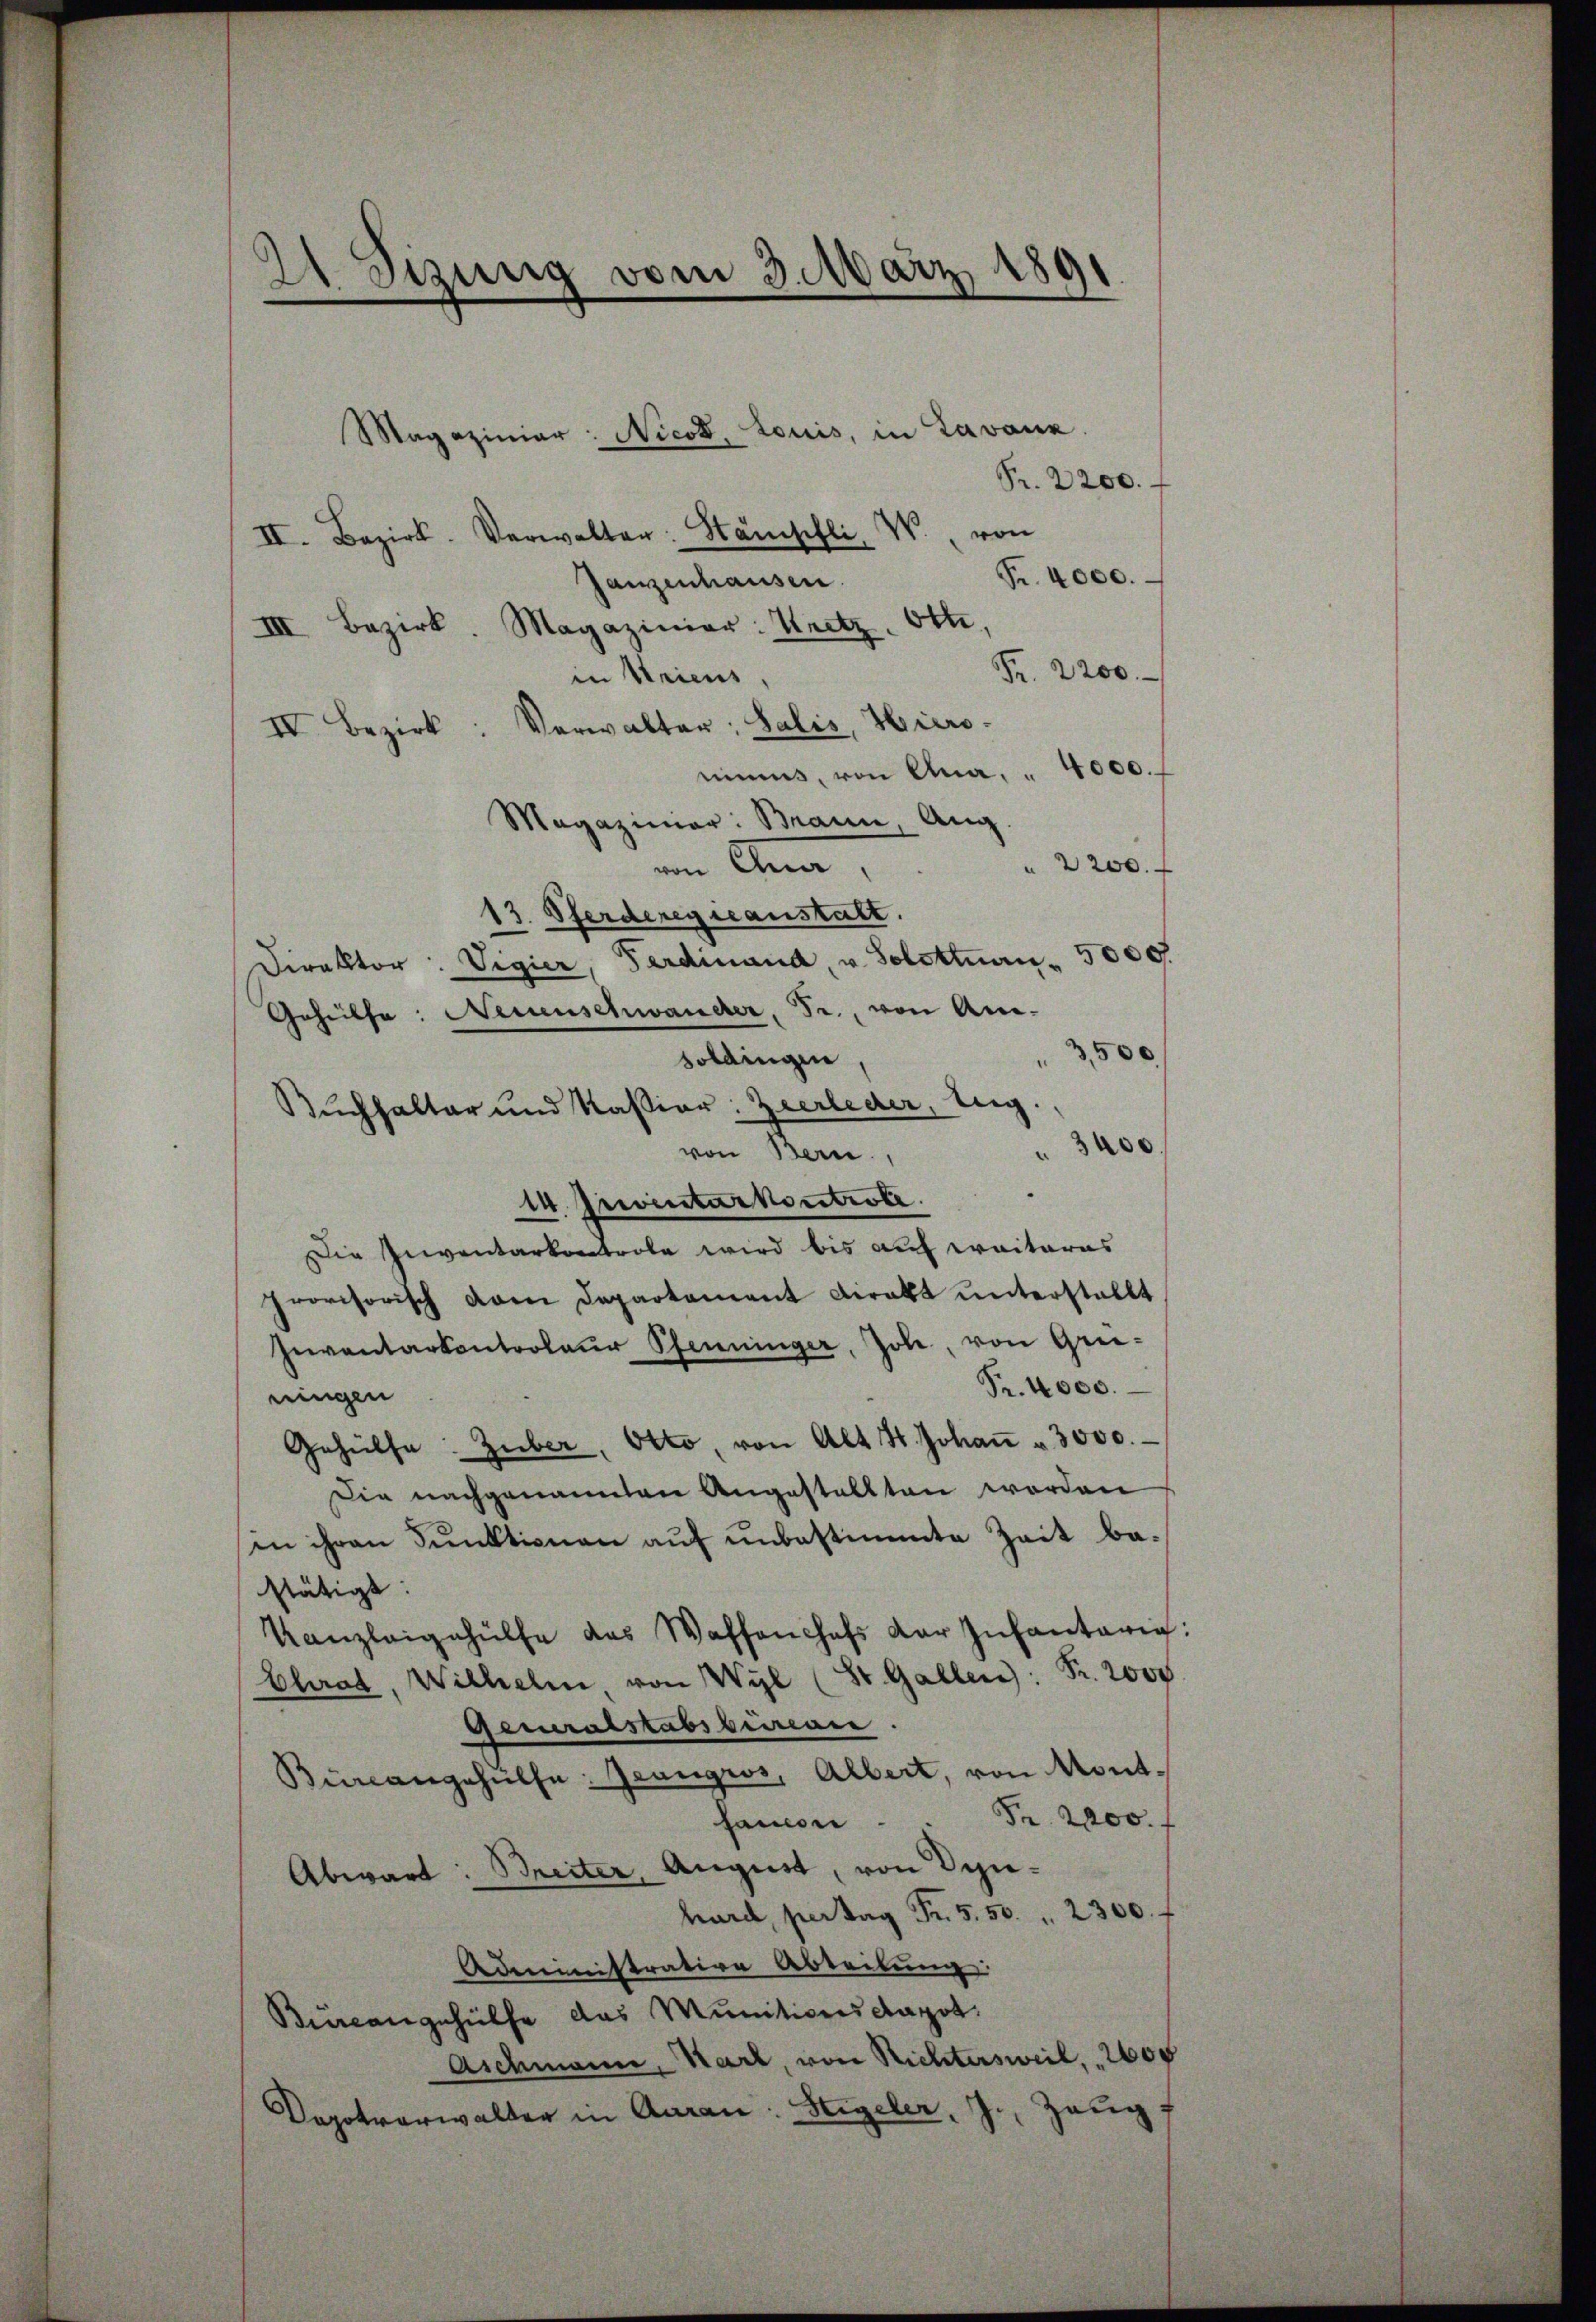
Pr. 2200.
II. Bezirk. Verwalter: Stämschli, W. von
Fr. 4000.
Ganzenhausen
III. Bezirk Magazinier: Kretz. Otti,
Fr. 2200.
in Ariens
IV. Bezirk: Verwalter: Salis, Hiers.
nimus, von Ana. 4000.
Magazinier: Braun Aug.
2200.
im Ana
13. Pferderegscanstalt.
Direktor. Vigier, Ferdinand, u. Solottan. 5000.
Gehülfe. Neuenschwander, Fr., von Am¬
500
soldingen
Buchhalter und Kassion: Zeerleder, Vig.
3400
von Bern,
14. Inventar kontrole.
Die Inventarkontrole wird bis auf weiteres
provisorisch vom Departament Direkt ŭnterstellt
Inventarkontroleur Pfenninger, Jole, von Grie-
Fr. 4000.
ringen
Gehülfe. Zuber, Otto, von Alt 4. Johaṅ " 3000.
Die nachgenannten Angestallten worden
in ihren Punktionen auf unbestimmte Zeit bastätigt. |
Kanzleigehülfe das Waffenchefs der Infantarig:
Chrad, Wilhelm, von Wyl (St. Gallen: Fr. 2000
Geruralstabsbureau.
Bürcangehülfe. Grangros, Albert, von Montsanien . . Pr. 2000.
Abwart: Breiter, August, von Senhard, pertag Fr. 5. 50. " 2300.
Administrative Abteilung
Büreangehülfe das Munitionsdagot.
Aschmann, Karl, von Richtersweil, 2600
Zeug
Depotvorwalter in Aarau: Sigeler,

21 Sizung vom 3. März 1891
d

Magazinier: Nicot, Louis, in Lavanz.